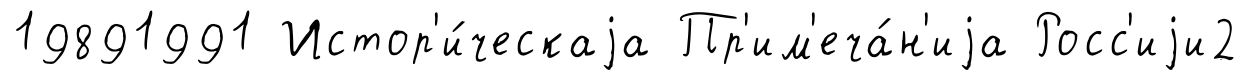
19891991 Истор'и́ческаjа Пр'им'еча́н'иjа Росс'иjи2